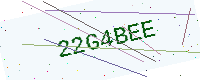
Text: 22G4BEE